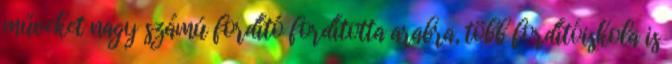
műveket nagy számú fordító fordította arabra, több fordítóiskola is